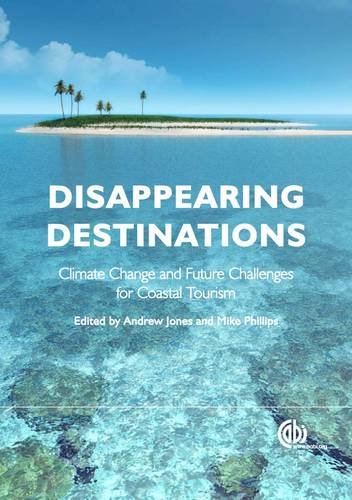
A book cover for Disappearing Destinations: Climate Change and Future Challenges for Coastal Tourism (Ecotourism); Sports & Outdoors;